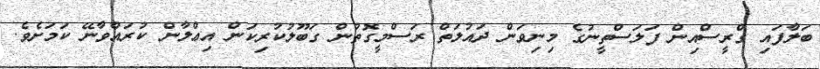
ބަލާފައި ގްރީސްއިން ފަލަސްތީނުގެ މިނިވަން ދައުލަތް ރަސްމީގޮތުން ގަބޫލުކުރިކަން އިޢްލާން ކުރައްވާނޭ ކަމަށެވެ.